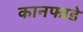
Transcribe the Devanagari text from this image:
कानफाडे